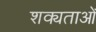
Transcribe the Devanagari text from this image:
शक्यताओं